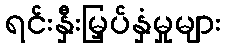
ရင်းနှီးမြှပ်နှံမှုများ